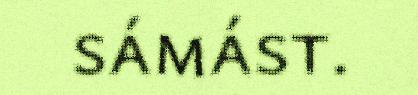
sámást.